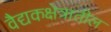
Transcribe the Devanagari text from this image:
वैद्यकक्षेत्रातील